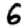
Digit: 6